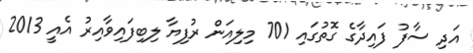
އަދި ސާފު ފައިދާގެ ގޮތުގައި 701 މިލިއަން ރުފިޔާ ލިބިފައިވާއިރު އެއީ 2013